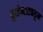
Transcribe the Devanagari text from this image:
युव्हेन्टसकडून